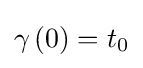
\gamma \left(0\right)=t_{0}